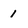
Character: 1